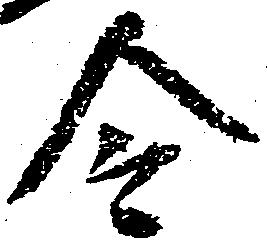
令